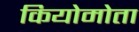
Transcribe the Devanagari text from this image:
कियोमोता